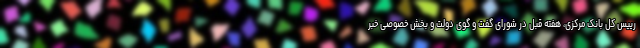
رییس کل بانک مرکزی، هفته قبل در شورای گفت و گوی دولت و بخش خصوصی خبر